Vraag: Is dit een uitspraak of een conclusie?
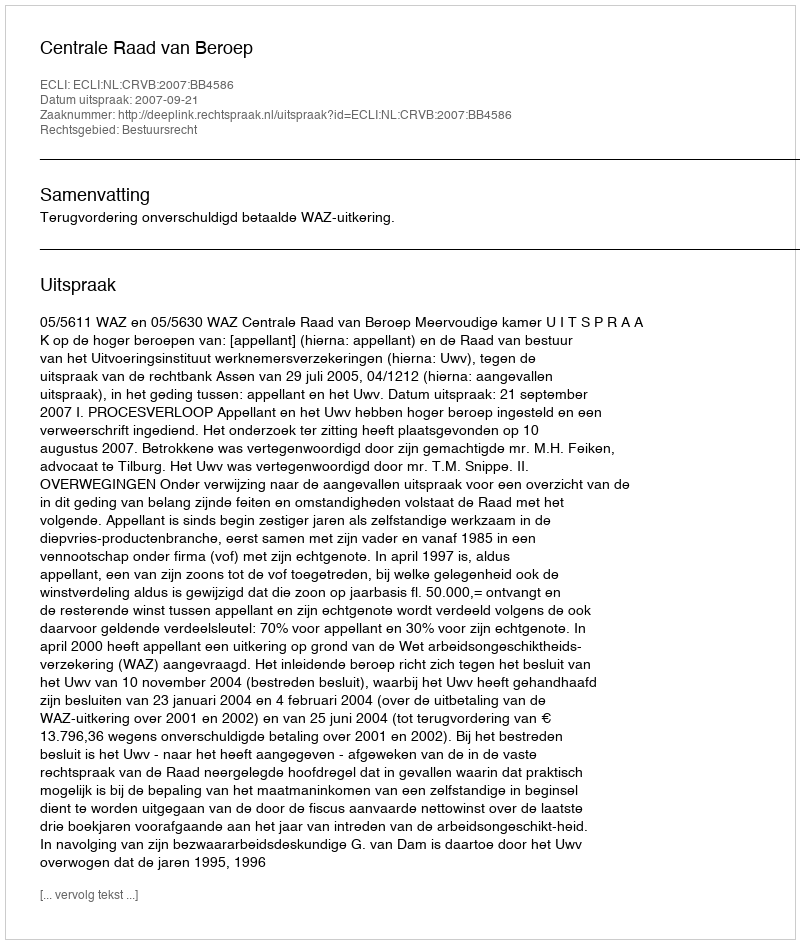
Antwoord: Uitspraak